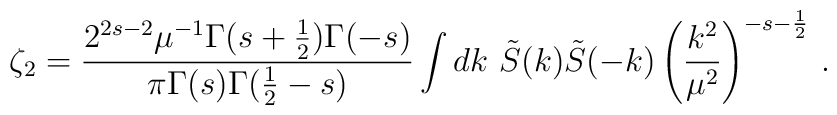
\zeta_2=\frac{2^{2s-2}\mu^{-1}\Gamma(s+\frac{1}{2})\Gamma(-s)}{\pi\Gamma(s)\Gamma(\frac12-s)} \int dk\ \tilde S(k)\tilde S(-k)\left(\frac{k^2}{\mu^2}\right)^{-s-\frac{1}{2}}\,.